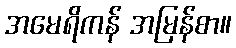
အမေရိကန် အမြန်စာ။